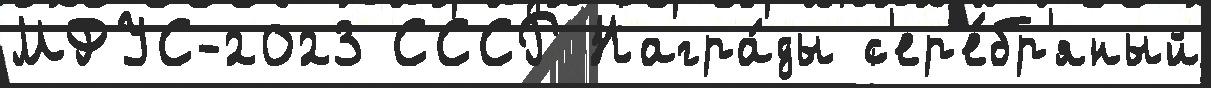
МФУС-2023 СССР Награ́ды с'ер'е́бр'яный